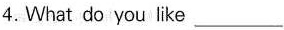
4.What do you like___